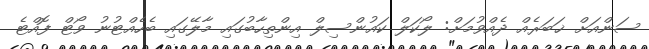
ސަންއަށް ޚަބަރެއް ދެއްވުމަށް: ލޯކަލް ކައުންސިލް އިންތިހާބުގައި މާލޭގައި ބެހެއްޓުނު ވޯޓް ފޮއްޓެ